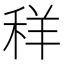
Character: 𮃁